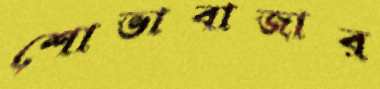
শোভাবাজার